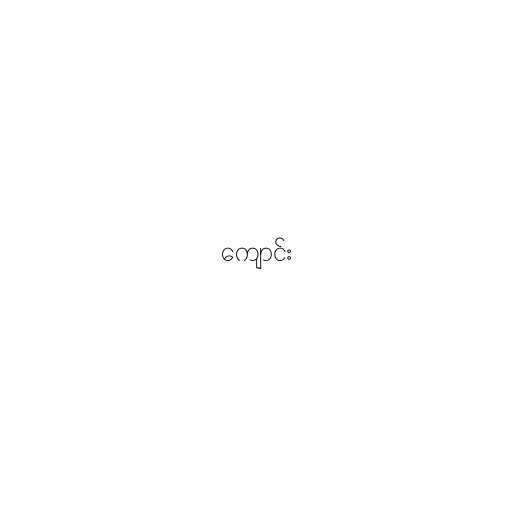
ကျောင်း